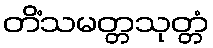
တိံသမတ္တသုတ္တံ